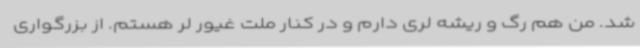
شد. من هم رگ و ریشه لری دارم و در کنار ملت غیور لر هستم. از بزرگواری